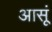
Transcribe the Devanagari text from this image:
आसूं